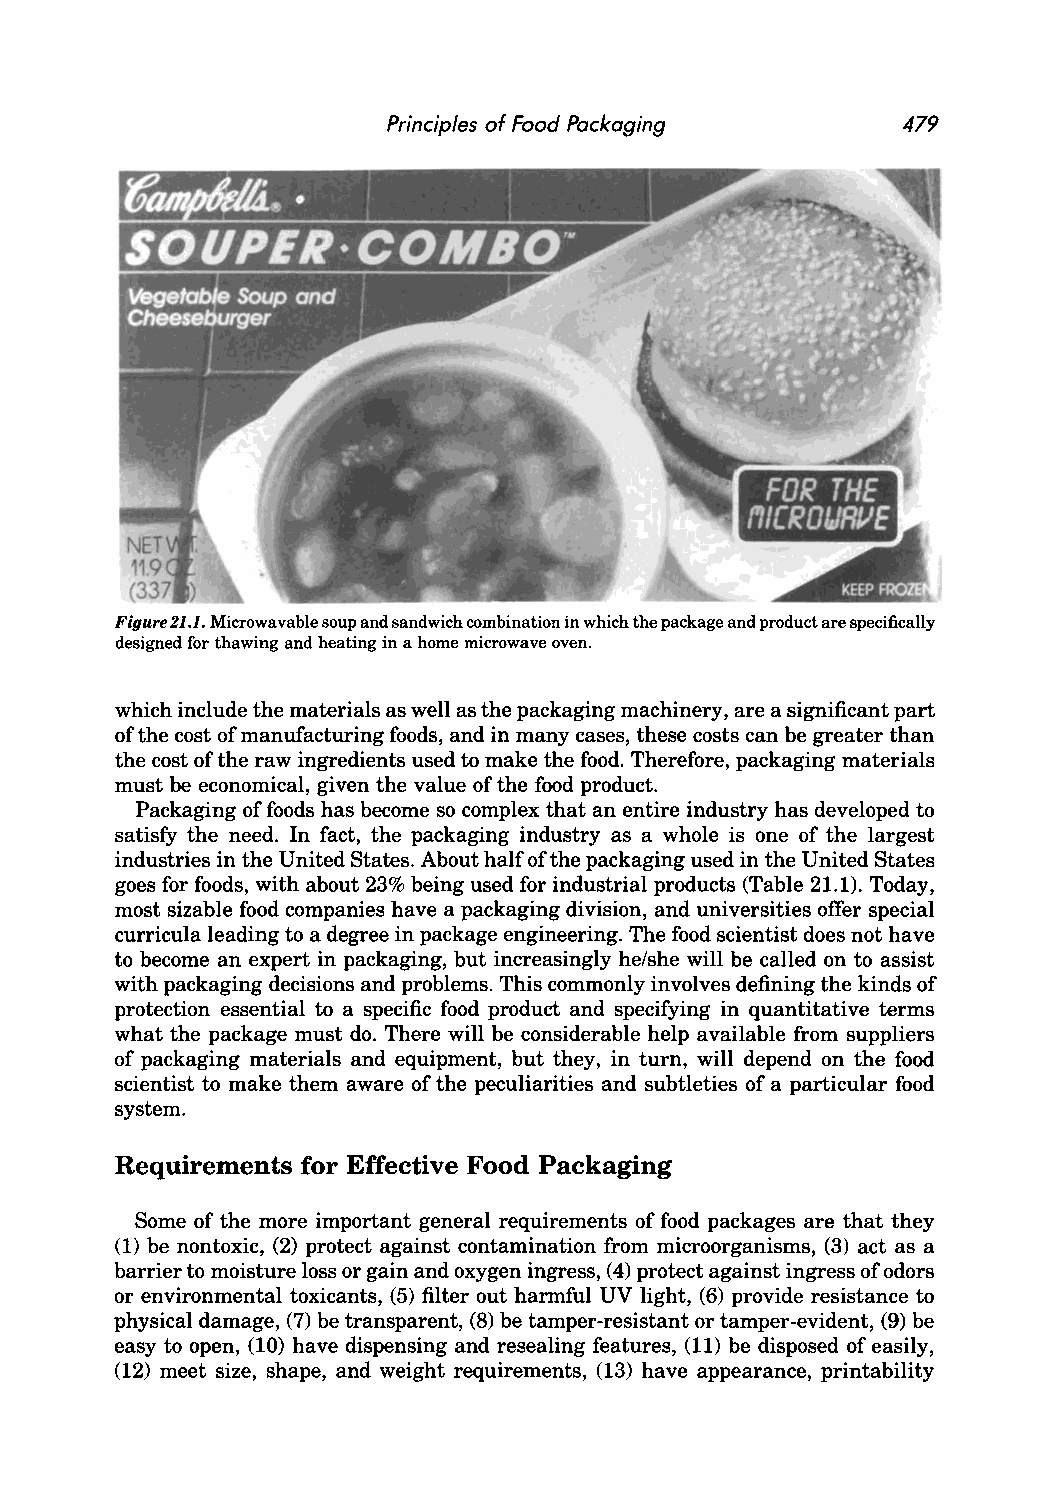
Principles of Food Pockaging      479
 FOR THE
 fll[ROIJRIlE
 Figure 21.1. Microwavable soup and sandwich combination in which the package and product are specifically
 designed for thawing and heating in a home microwave oven.
 which include the materials as well as the packaging machinery, are a significant part
 of the cost of manufacturing foods, and in many cases, these costs can be greater than
 the cost of the raw ingredients used to make the food. Therefore, packaging materials
 must be economical, given the value of the food product.
 Packaging of foods has become so complex that an entire industry has developed to
 satisfy the need. In fact, the packaging industry as a whole is one of the largest
 industries in the United States. About half of the packaging used in the United States
 goes for foods, with about 23% being used for industrial products (Table 21.1). Today,
 most sizable food companies have a packaging division, and universities offer special
 curricula leading to a degree in package engineering. The food scientist does not have
 to become an expert in packaging, but increasingly he/she will be called on to assist
 with packaging decisions and problems. This commonly involves defining the kinds of
 protection essential to a specific food product and specifying in quantitative terms
 what the package must do. There will be considerable help available from suppliers
 of packaging materials and equipment, but they, in turn, will depend on the food
 scientist to make them aware of the peculiarities and subtleties of a particular food
 system.
 Requirements for Effective Food Packaging
 Some of the more important general requirements of food packages are that they
 (1) be nontoxic, (2) protect against contamination from microorganisms, (3) act as a
 barrier to moisture loss or gain and oxygen ingress, (4) protect against ingress of odors
 or environmental toxicants, (5) filter out harmful UV light, (6) provide resistance to
 physical damage, (7) be transparent, (8) be tamper-resistant or tamper-evident, (9) be
 easy to open, (10) have dispensing and resealing features, (11) be disposed of easily,
 (12) meet size, shape, and weight requirements, (13) have appearance, printability